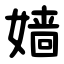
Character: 嫱